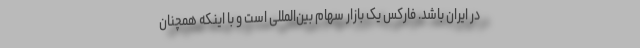
در ایران باشد. فارکس یک بازار سهام بین‌المللی است و با اینکه همچنان